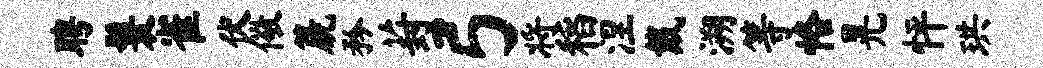
聘鬟雀伏儆篪矜葑弓将稻涅戴溯等恪晃怦珙